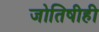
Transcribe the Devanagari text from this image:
जोतिषीही